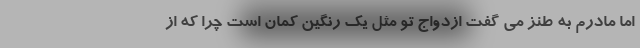
اما مادرم به طنز می گفت ازدواج تو مثل یک رنگین کمان است چرا که از